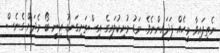
ނެތިފައިވާ މީހެއް ފަދައިންނެވެ. މަޑު މުށިކުލައިގެ އިސްތަށިގަނޑު އިނީ ބޯ މެދަށް ގެނެސް